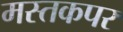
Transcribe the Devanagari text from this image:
मस्तकपर